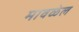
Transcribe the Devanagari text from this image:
मावळेल